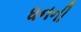
ધનની